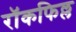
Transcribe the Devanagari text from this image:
रॉकफिल्ल